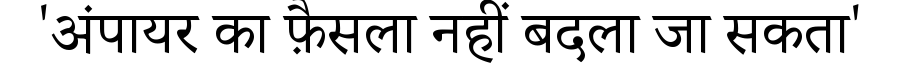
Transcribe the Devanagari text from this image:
'अंपायर का फ़ैसला नहीं बदला जा सकता'